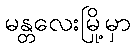
မန္တလေးမြို့မှာ